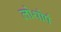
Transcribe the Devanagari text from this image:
लोथोर्प